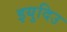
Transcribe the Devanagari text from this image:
इयुदिउ